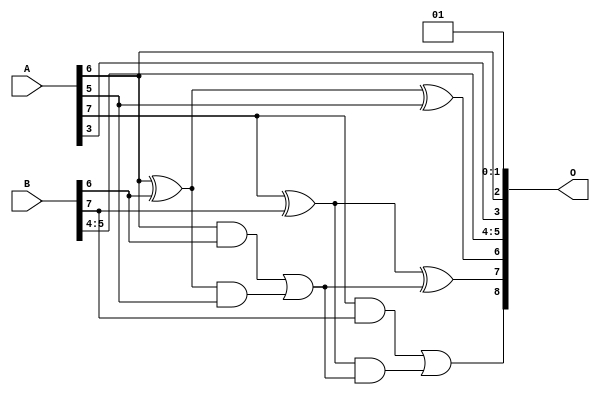
/***
* This code is a part of EvoApproxLib library (ehw.fit.vutbr.cz/approxlib) distributed under The MIT License.
* When used, please cite the following article(s): PRABAKARAN B. S., MRAZEK V., VASICEK Z., SEKANINA L., SHAFIQUE M. ApproxFPGAs: Embracing ASIC-based Approximate Arithmetic Components for FPGA-Based Systems. DAC 2020. 
***/
// MAE% = 3.14 %
// MAE = 16 
// WCE% = 7.23 %
// WCE = 37 
// WCRE% = 103.12 %
// EP% = 98.44 %
// MRE% = 8.58 %
// MSE = 350 
// FPGA_POWER = 0.28
// FPGA_DELAY = 6.1
// FPGA_LUT = 2.0


module add8u_0A5(A, B, O);
  input [7:0] A, B;
  output [8:0] O;
  wire sig_43, sig_44, sig_45, sig_47, sig_48, sig_49;
  wire sig_50;
  assign O[1] = 1'b0;
  assign O[0] = 1'b1;
  assign sig_43 = A[6] ^ B[6];
  assign sig_44 = A[6] & B[6];
  assign sig_45 = sig_43 & A[5];
  assign O[6] = sig_43 ^ A[5];
  assign sig_47 = sig_44 | sig_45;
  assign sig_48 = A[7] ^ B[7];
  assign sig_49 = A[7] & B[7];
  assign sig_50 = sig_48 & sig_47;
  assign O[7] = sig_48 ^ sig_47;
  assign O[8] = sig_49 | sig_50;
  assign O[2] = A[6];
  assign O[3] = A[3];
  assign O[4] = B[4];
  assign O[5] = B[5];
endmodule